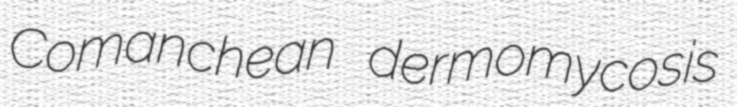
Comanchean dermomycosis